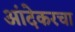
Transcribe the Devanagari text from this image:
आंदेकरचा